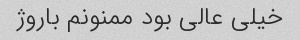
خیلی عالی بود ممنونم باروژ